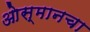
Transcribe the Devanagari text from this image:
ओस्मानचा